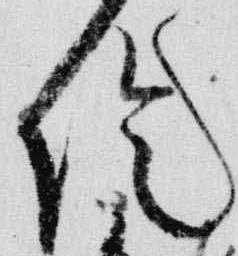
陰